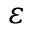
\varepsilon